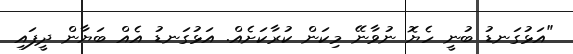
"އަޅުގަނޑު ބުނީ ހެޔޮ ނުވާނޭ މިކަން ކުރާކަށެއް. އަޅުގަނޑު އެއް ބަޔާން ދީފައި